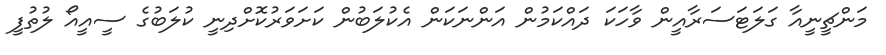
މަންޗީނީއާ ގަލަޓަސަރާއީން ވާހަކަ ދައްކަމުން އަންނަކަން އެކުލަބުން ކަށަވަރުކޮށްދިނީ ކުލަބުގެ ސީއީއޯ ލުތުފީ